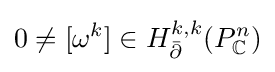
0\neq [\omega ^{k}]\in H_{\bar {\partial }}^{k,k}(P_{\mathbb {C} }^{n})